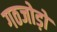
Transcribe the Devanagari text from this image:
गठजोड़ों